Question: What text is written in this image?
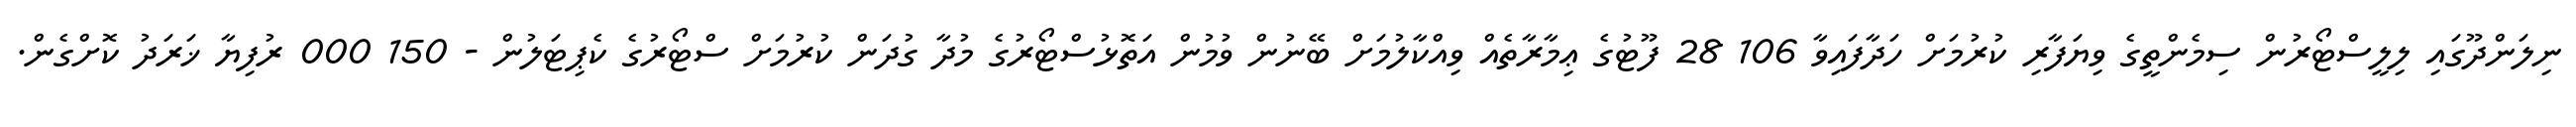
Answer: ނިލަންދޫގައި ލިލީސްޓޯރުން ސިމެންތީގެ ވިޔަފާރި ކުރުމަށް ހަދާފައިވާ 106 28 ފޫޓުގެ ޢިމާރާތެއް ވިއްކާލުމަށް ބޭނުން ވުމުން އަތޮޅުސްޓޯރުގެ މުދާ ގުދަން ކުރުމަށް ސްޓޯރުގެ ކެޕިޓަލުން - 150 000 ރުފިޔާ ޚަރަދު ކޮށްގެން.